Annual administration report of the Civil Veterinary Department of India - 1894-1895
Year: 1894
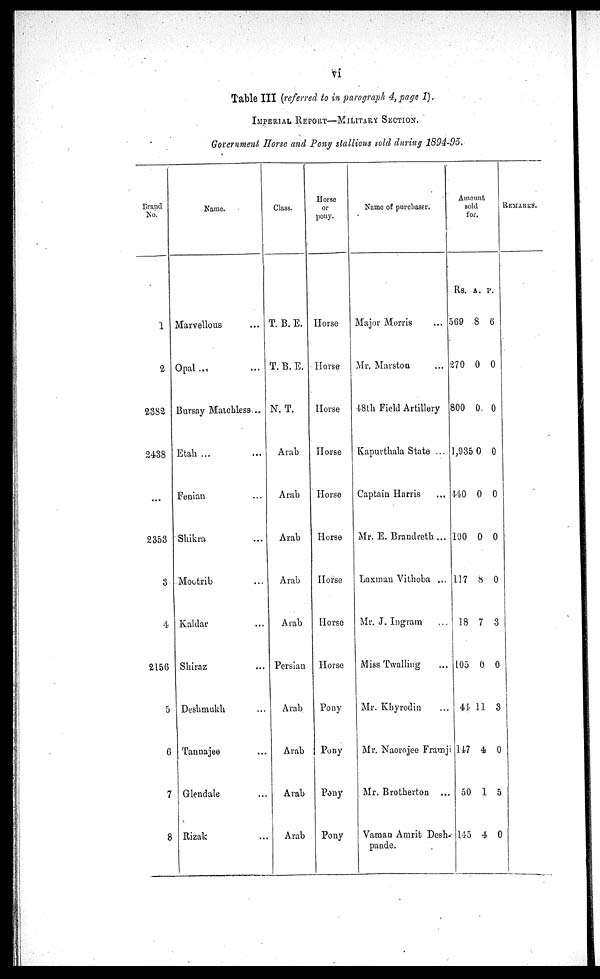
vi
Table III (referred to in paragraph 4, page 1)
IMPERIAL REPORT-MILITARY SECTION.
Government Horse and Pony stallions sold during 1894-95.
Brand
No.
1
2
2382
2438
...
2353
3
4
2156
5
6
7
8
Name.
Marvellous ...
Opal ... ...
Bursay Matchless ...
Etah ... ...
Fenian
Shikra ...
Moutrib ...
Kaldar ...
Shiraz ...
Deslimukh ...
Tannajee ...
Glendale ...
Rizak ...
Class.
T. B. E.
T. B. E.
N. T.
Arab
Arab
Arab
Arab
Arab
Persian
Arab
Arab
Arab
Arab
Horse
or
pony.
Horse
Horse
Horse
Horse
Horse
Horse
Horse
Horse
Horse
Pony
Pony
Pony
Pony
Name of purchaser.
Major Morris ...
Mr. Marston ...
48th Field Artillery
Kapurthala State ...
Captain Harris
Mr. E. Brand reth ...
Laxman Vithoba ...
Mr. J. Ingram ...
Miss Twalling ...
Mr. Khyrodin ...
Mr. Naorojee Framji
Mr. Brotherton ...
Vaman Amrit Desh-
pande.
Amount
sold
for
Rs.
569
270
800
1,935
140
190
117
18
105
44
147
50
145
A.
8
0
0
0
0
0
8
7
0
11
4
1
4
P.
6
0
0
0
0
0
0
3
0
3
0
5
0
REMARKS